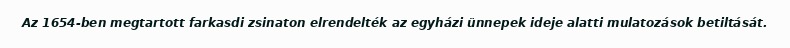
Az 1654-ben megtartott farkasdi zsinaton elrendelték az egyházi ünnepek ideje alatti mulatozások betiltását.